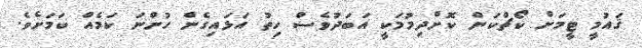
ޤައުމީ ޓީމަށް ކޯޗްކަން ކޮށްދިމުމަކީ އަބަދުވެސް ހިތު އަޅައިގެން ހުންނަ ކަމެއް ކަމަށެވެ.